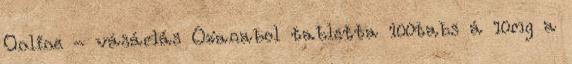
Online - vásárlás Oxanabol tabletta 100tabs á 10mg a